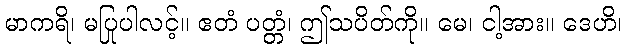
မာကရိ၊ မပြုပါလင့်။ ဧတံ ပတ္တံ၊ ဤသပိတ်ကို။ မေ၊ ငါ့အား။ ဒေဟိ၊